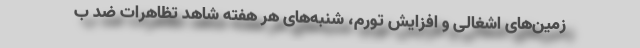
زمین‌های اشغالی و افزایش تورم، شنبه‌های هر هفته شاهد تظاهرات ضد ب